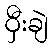
ဝှီးချဲ